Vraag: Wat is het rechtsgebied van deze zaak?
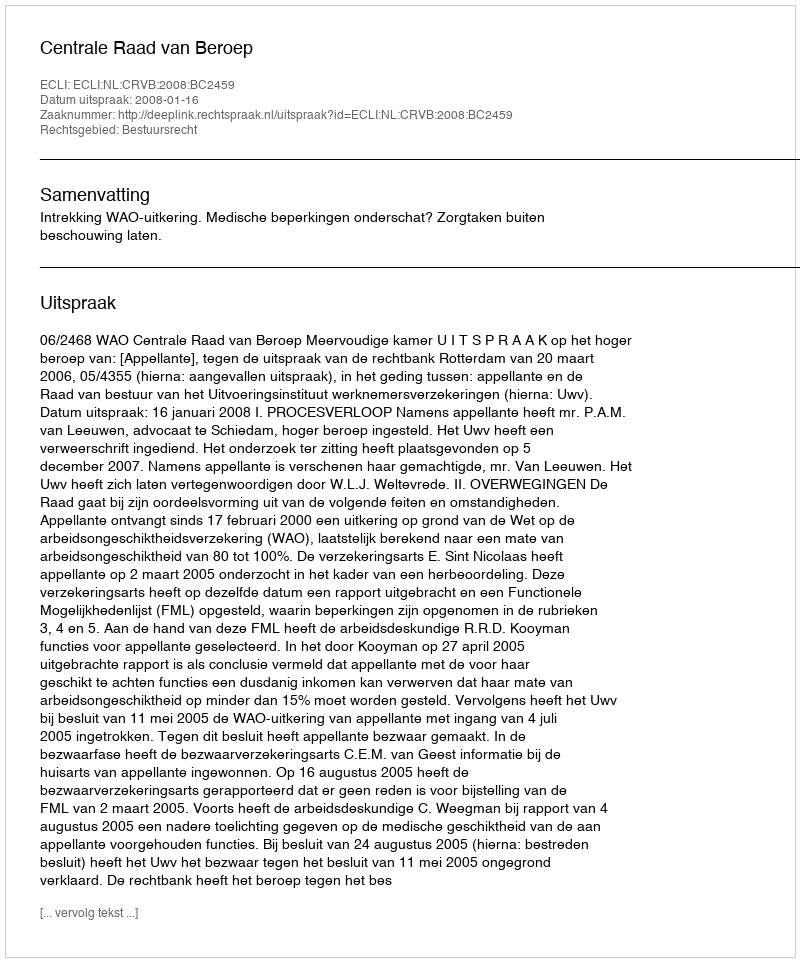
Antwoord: Bestuursrecht